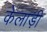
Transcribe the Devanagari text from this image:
केलाड़ी